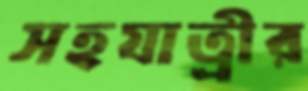
সহযাত্রীর